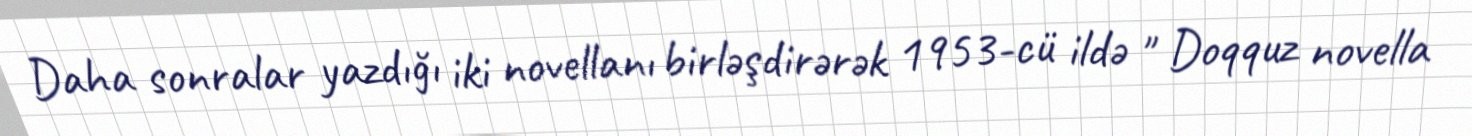
Daha sonralar yazdığı iki novellanı birləşdirərək 1953-cü ildə " Doqquz novella